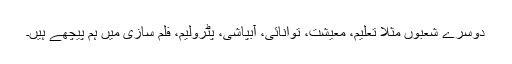
دوسرے شعبوں مثلاً تعلیم، معیشت، توانائی، آبپاشی، پٹرولیم، فلم سازی میں ہم پیچھے ہیں۔